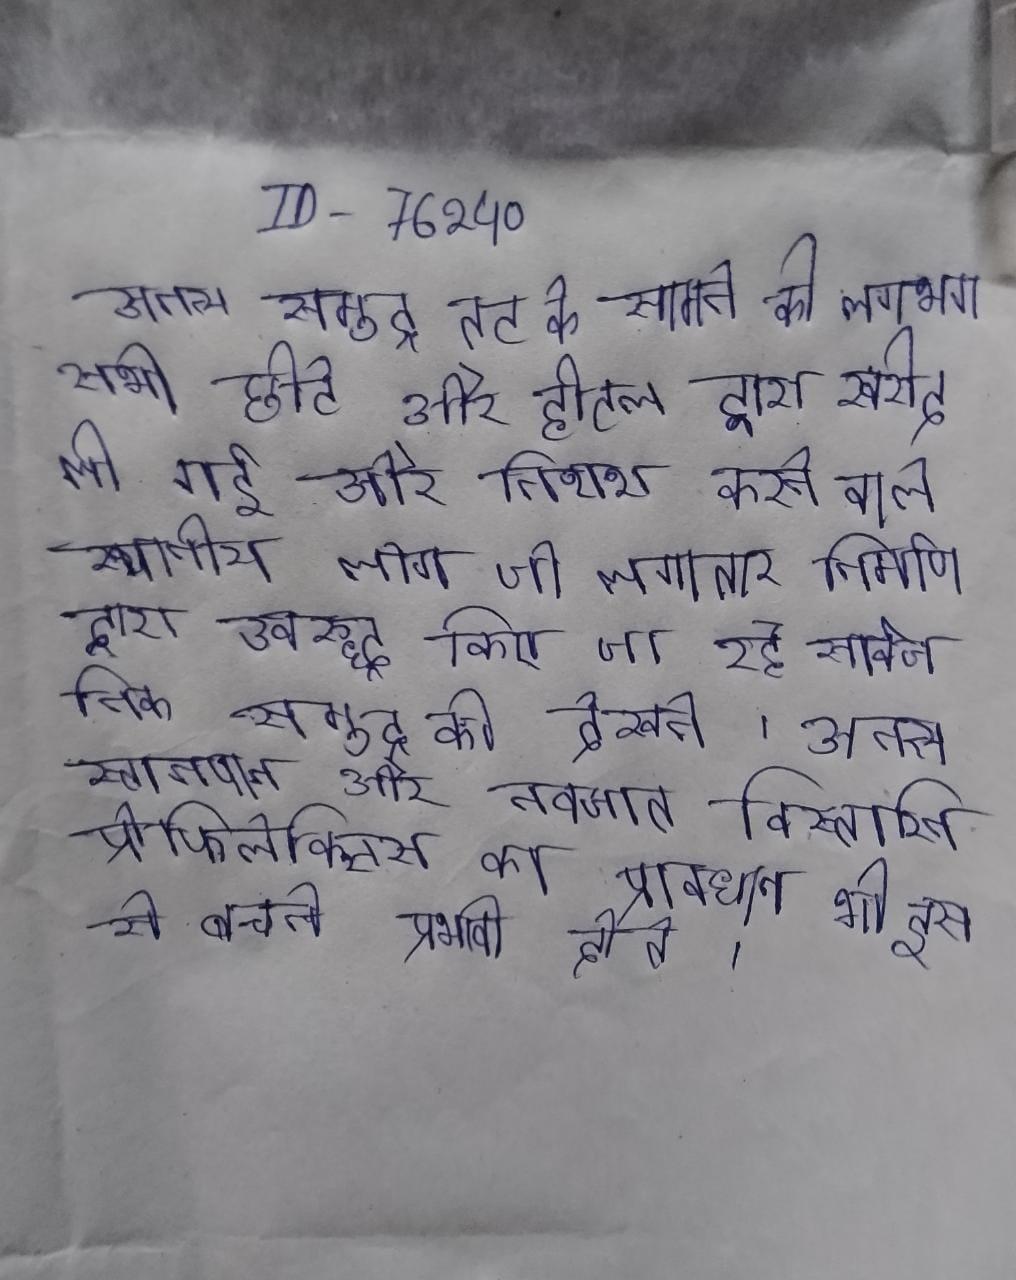
अनन्य समुद्र तट के सामने की लगभग सभी छोटे और होटल द्वारा खरीद ली गई और निराश करने वाले स्थानीय लोग जो लगातार निर्माण द्वारा अवरुद्ध किए जा रहे सार्वजनिक समुद्र की देखते । अनन्य स्तनपान और नवजात विस्तारित प्रोफिलेक्सिस का प्रावधान भी इस से बचने प्रभावी होते ।